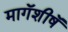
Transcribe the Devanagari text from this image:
मागॅशीषॅ